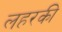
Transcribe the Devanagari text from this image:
लहरकी